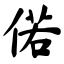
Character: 偌